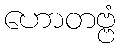
ဟောတဗ္ဗံ